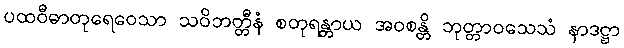
ပထဝီဓာတုရေဝေသာ သဝိဘတ္တီနံ စတုရန္တာယ အဝစန္တိ ဘုတ္တာဝသေသံ နာဒဋ္ဌာ